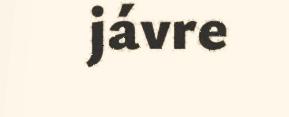
jávre